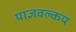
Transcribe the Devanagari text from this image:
याज्ञवल्‍कय